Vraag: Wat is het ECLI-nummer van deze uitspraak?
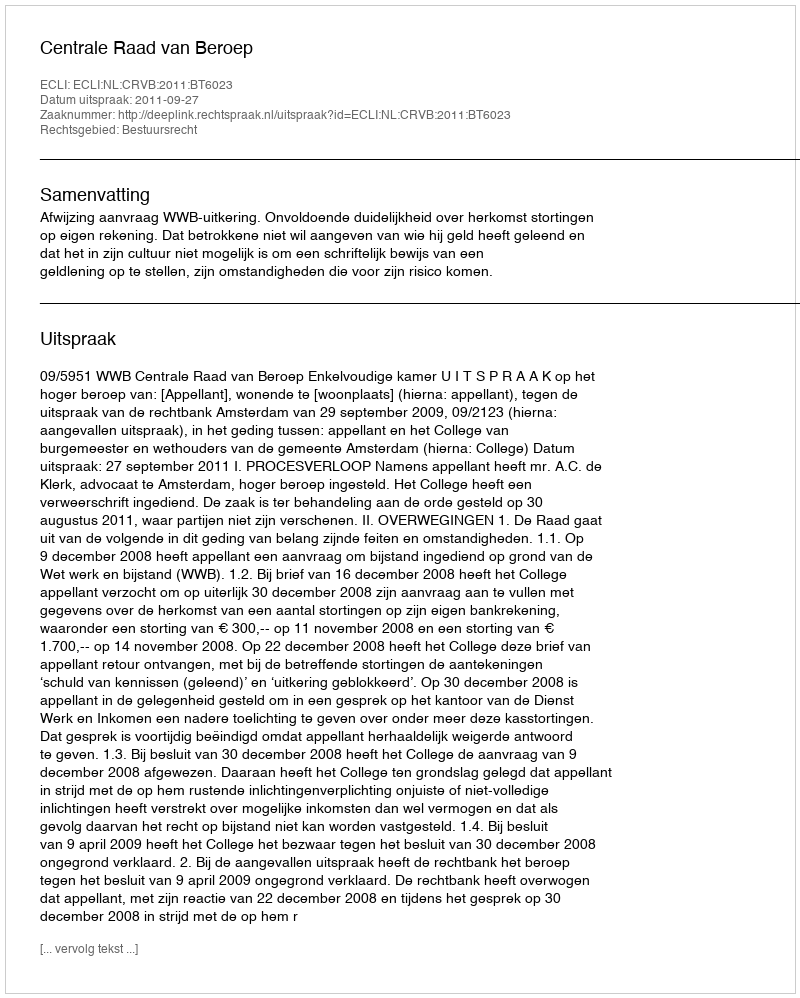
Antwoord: ECLI:NL:CRVB:2011:BT6023